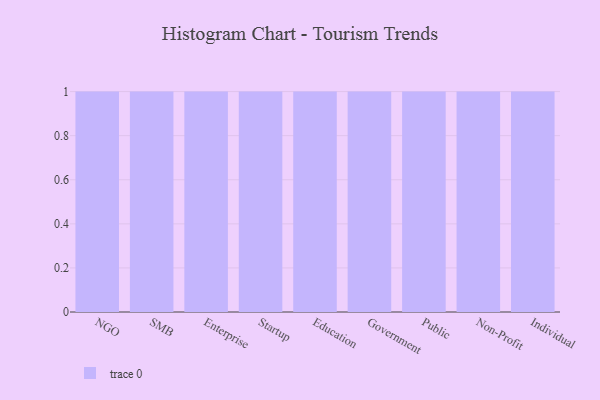
{"axis": {"x": "Segment", "y": "LTV (USD)"}, "legend": [""], "data": [{"x": "NGO", "y": 27, "type": ""}, {"x": "SMB", "y": 43, "type": ""}, {"x": "Enterprise", "y": 40, "type": ""}, {"x": "Startup", "y": 11, "type": ""}, {"x": "Education", "y": 64, "type": ""}, {"x": "Government", "y": 23, "type": ""}, {"x": "Public", "y": 76, "type": ""}, {"x": "Non-Profit", "y": 28, "type": ""}, {"x": "Individual", "y": 69, "type": ""}]}